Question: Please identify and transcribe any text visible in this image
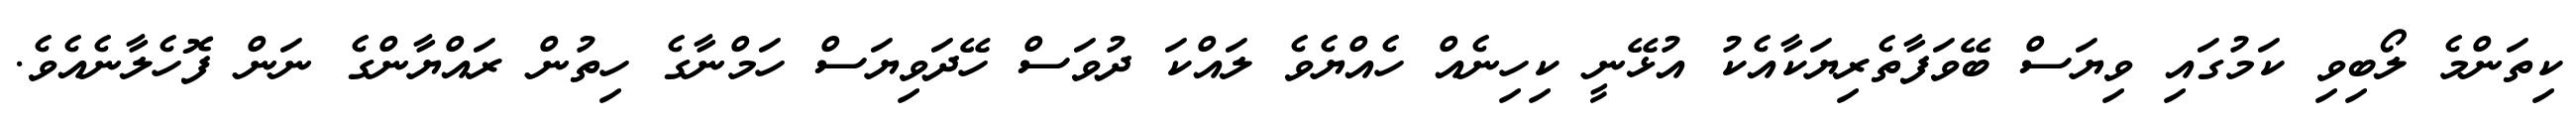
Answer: ކިތަންމެ ލޯބިވި ކަމުގައި ވިޔަސް ބޭވަފާތެރިޔަކާއެކު އުޅޭނީ ކިހިނެއް ހެއްޔެވެ ލައްކަ ދުވަސް ހޭދަވިޔަސް ހަމްނާގެ ހިތުން ރައްޔާންގެ ނަން ފޮހެލާނެއެވެ.